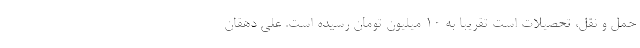
حمل و نقل، تحصیلات است تقریباً به ۱۰ میلیون تومان رسیده است. علی دهقان